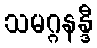
သမဂ္ဂနန္ဒီ